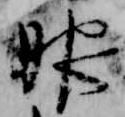
服